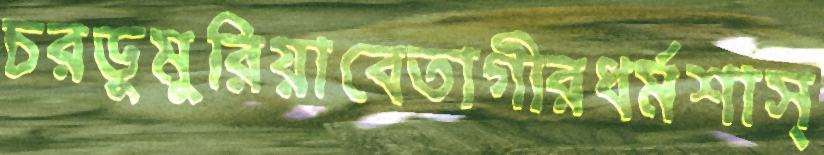
চরডুমুরিয়াবেতাগীরধর্মশাস্